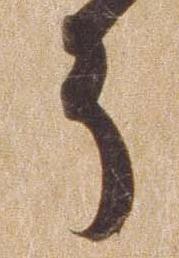
そ